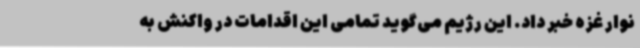
نوار غزه خبر داد. این رژیم می‌گوید تمامی این اقدامات در واکنش به